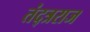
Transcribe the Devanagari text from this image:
तंद्त्रराज